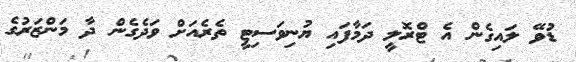
ޑުވޭ ލައިގެން އެ ޓްރޮލީ ދަމާފައި ޔުނިވަސިޓީ ތެރެއަށް ވަދެގެން ދާ މަންޒަރުގެ